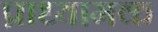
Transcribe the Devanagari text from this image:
प्राध्यामक